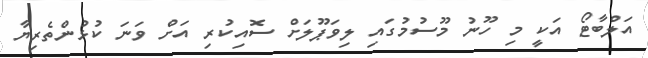
އަލްބާޓޯ އަކީ މި ހޫނު މޫސުމުގައި ލިވަޕޫލަށް ސޮއިކުރި އަށް ވަނަ ކުޅުންތެރިޔާ